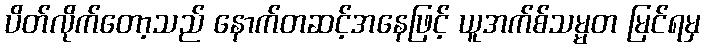
ပိတ်လိုက်တော့သည် နောက်တဆင့်အနေဖြင့် ယူအက်စ်သမ္မတ မြင်ရမှ